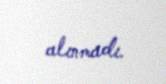
alınmadı.